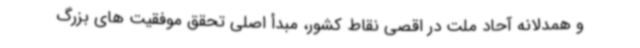
و همدلانه آحاد ملت در اقصی نقاط کشور، مبدأ اصلی تحقق موفقیت های بزرگ